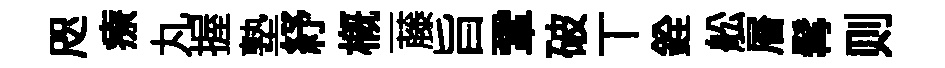
咫療丸握塾紓概一藤旨鞏破丅銓舩層髯则